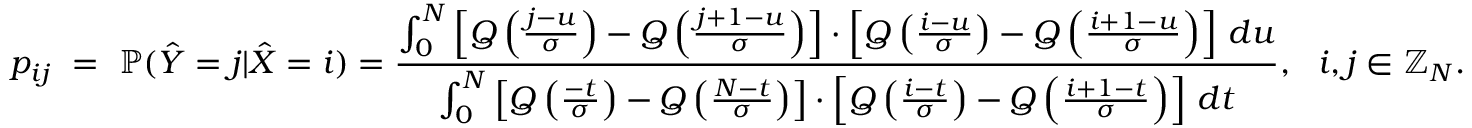
p _ { i j } ~ = ~ \mathbb { P } ( \hat { Y } = j | \hat { X } = i ) = \frac { \int _ { 0 } ^ { N } \left[ Q \left( \frac { j - u } { \sigma } \right) - Q \left( \frac { j + 1 - u } { \sigma } \right) \right] \cdot \left[ Q \left( \frac { i - u } { \sigma } \right) - Q \left( \frac { i + 1 - u } { \sigma } \right) \right] \, d u } { \int _ { 0 } ^ { N } \left[ Q \left( \frac { - t } { \sigma } \right) - Q \left( \frac { N - t } { \sigma } \right) \right] \cdot \left[ Q \left( \frac { i - t } { \sigma } \right) - Q \left( \frac { i + 1 - t } { \sigma } \right) \right] \, d t } , ~ ~ i , j \in \mathbb { Z } _ { N } .